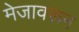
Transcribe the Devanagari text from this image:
मेजावरून